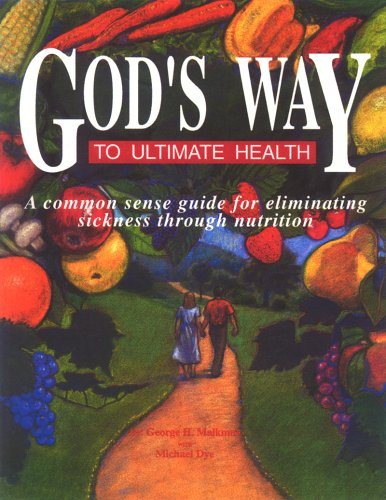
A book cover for God's Way to Ultimate Health: A Common Sense Guide for Eliminating Sickness Through Nutrition; Michael Dye; Health, Fitness & Dieting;